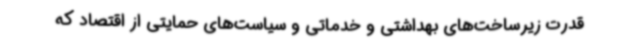
قدرت زیرساخت‌های بهداشتی و خدماتی و سیاست‌های حمایتی از اقتصاد که